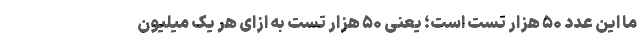
ما این عدد ۵۰ هزار تست است؛ یعنی ۵۰ هزار تست به ازای هر یک میلیون